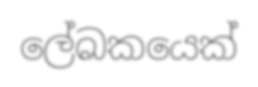
ලේඛකයෙක්